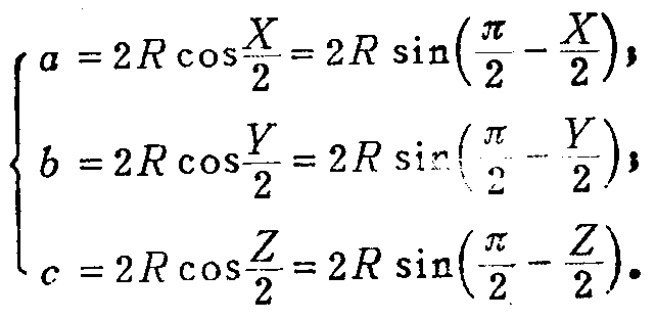
\[
\begin{cases}
a = 2R \cos\frac{X}{2}=2R \sin\left(\frac{\pi}{2}-\frac{X}{2}\right),\\
b = 2R \cos\frac{Y}{2}=2R \sin\left(\frac{\pi}{2}-\frac{Y}{2}\right),\\
c = 2R \cos\frac{Z}{2}=2R \sin\left(\frac{\pi}{2}-\frac{Z}{2}\right).
\end{cases}
\]